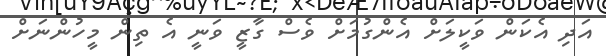
އަދި އެކަން ވަކީލަށް އެންގުމަށް ވެސް ގާޒީ ވަނީ އެ ތިން މީހުންނަށް